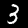
Digit: 3